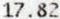
17.82